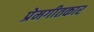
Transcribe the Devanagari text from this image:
प्रेमगीतकार